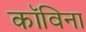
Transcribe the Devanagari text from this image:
कॉविना